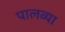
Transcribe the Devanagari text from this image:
पालव्या